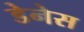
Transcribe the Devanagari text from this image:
डेनेस